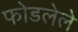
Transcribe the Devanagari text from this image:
फोडलेले